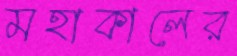
মহাকালের